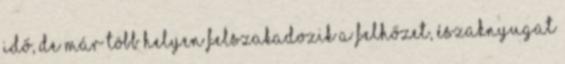
idő, de már több helyen felszakadozik a felhőzet, északnyugat